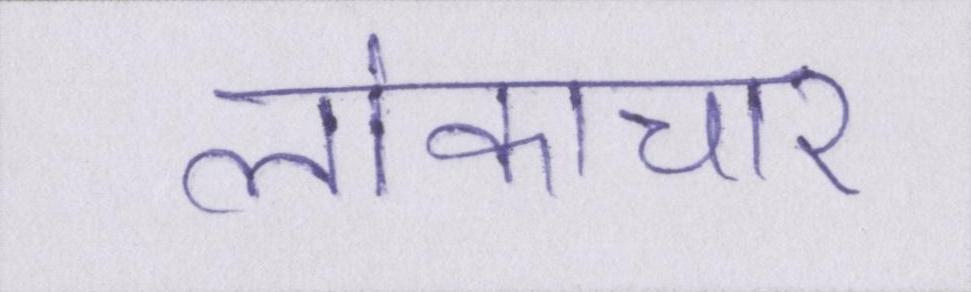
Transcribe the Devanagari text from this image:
लोकाचार